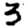
Digit: 3